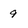
Character: 9